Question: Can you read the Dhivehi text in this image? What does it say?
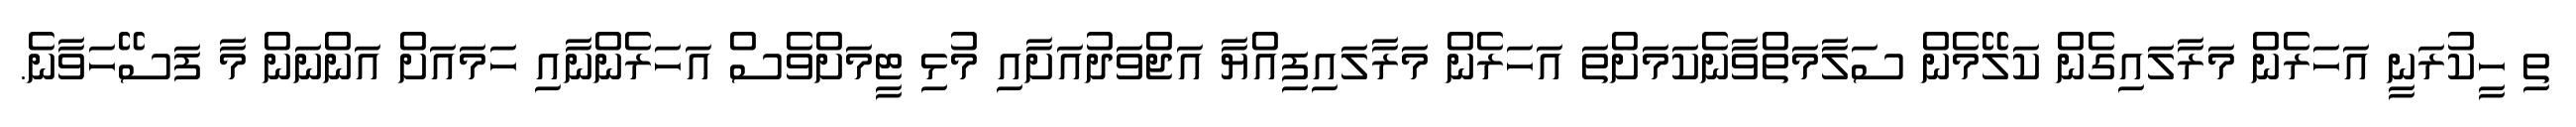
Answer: ތި ހީކުރަނީ އަހަރެން މަރާލައިގެން ކަލޭމެން ސަލާމަތްވާނެކަމަށްތަ އަހަރެން މަރާލައިފިއްޔާ އަޖްވަދުއަށާއި މުޅި ޓީމަށްވެސް އަހަރެންނާއި ހަމައަށް އަންނަން މާ ފަސޭހަވާނެ.